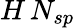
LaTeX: H\, N_{sp}